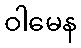
ဝါမေန